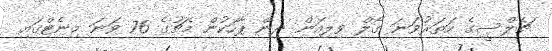
ޗެލްސީގެ ހަތަރުވަނަ ގޯލް ވިލިއަން ދިން ޕާހަކުން މެޗުގެ 76 ވަނަ މިނެޓްގައި